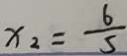
x _ { 2 } = \frac { 6 } { 5 }